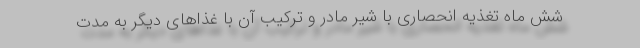
شش ماه تغذیه انحصاری با شیر مادر و ترکیب آن با غذاهای دیگر به مدت